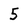
Character: 5